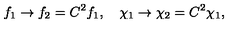
f _ { 1 } \rightarrow f _ { 2 } = C ^ { 2 } f _ { 1 } , \quad \chi _ { 1 } \rightarrow \chi _ { 2 } = C ^ { 2 } \chi _ { 1 } ,